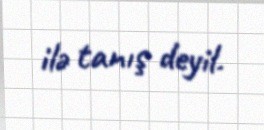
ilə tanış deyil.